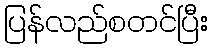
ပြန်လည်စတင်ပြီး